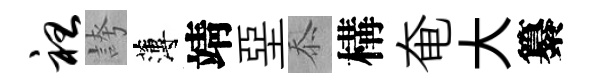
袒誇薄靖堊忝構奄大纂